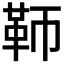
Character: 𩉰